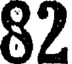
82